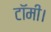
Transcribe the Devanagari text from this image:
टॉमी।